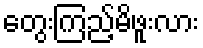
တွေးကြည့်မိဖူးလား